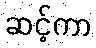
ဆင့်ကာ